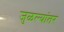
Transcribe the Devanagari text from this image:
जुळल्यांतर